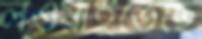
লওয়াইতেছে